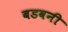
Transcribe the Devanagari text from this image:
बडवनी